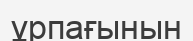
ұрпағынын